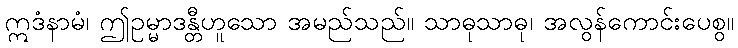
ဣဒံနာမံ၊ ဤဥမ္မာဒန္တီဟူသော အမည်သည်။ သာဓုသာဓု၊ အလွန်ကောင်းပေစွ။